Report of the Indian Hemp Drugs Commission, 1894-1895 - Volume VII
Year: 1894
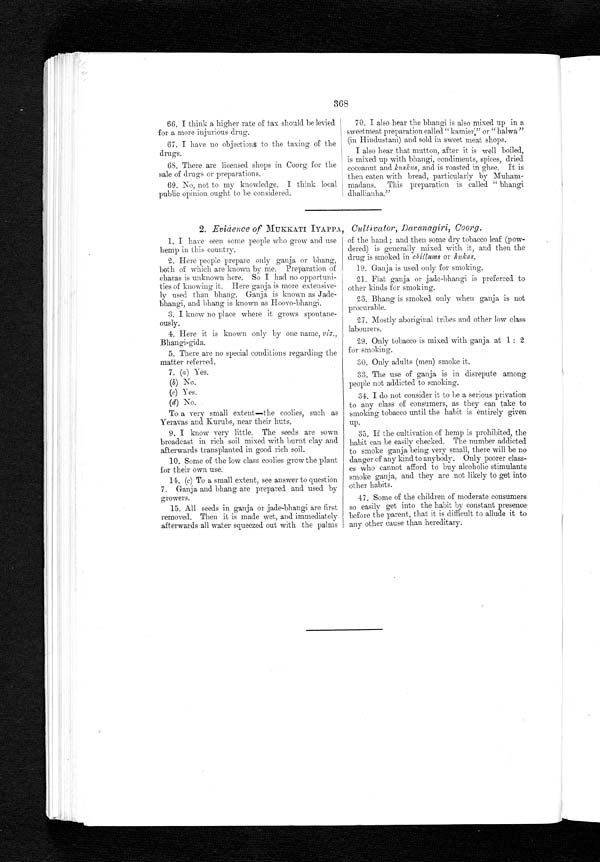
368
66.I think a higher rate of tax should be levied
for a more injurious drug.
67.I have no objections to the taxing of the
drugs.
68.There are licensed shops in Coorg for the
sale of drugs or preparations.
69.No, not to my knowledge. I think local
public opinion ought to be considered.
70.I also hear the bhangi is also mixed up in a
sweetmeat preparation called " kamier'," or " halwa "
(in Hindustani) and sold in sweet meat shops.
I also hear that mutton, after it is well boiled,
is mixed up with bhangi, condiments, spices, dried
cocoanut and kuskus, and is roasted in ghee. It is
then eaten with bread, particularly by Muham-
madans. This preparation is called " bhangi
dhallianha."
2. Evidence of MUKKATI IYAPPA, Cultivator, Davanagiri, Coorg.
1.I have seen some people who grow and use
hemp in this country.
2. Here people prepare only ganja or bhang,
both of which are known by me. Preparation of
charas is unknown here. So I had no opportuni-
ties of knowing it. Here ganja is more extensive-
ly used than bhang. Ganja is known as Jade-
bhangi, and bhang is known as Hoovo-bhangi.
3.I know no place where it grows spontane-
ously.
4. Here it is known only by one name, viz.,
Bhangi-gida.
5. There are no special conditions regarding the
matter referred.
7. (a ) Yes.
(b) N o .
(c) Y e s .
(d) No.
To a very small extent—the coolies, such as
Yeravas and Kurubs, near their huts.
9. I know very little. The seeds are sown
broadcast in rich soil mixed with burnt clay and
afterwards transplanted in good rich soil.
10.Some of the low class coolies grow the plant
for their own use.
14. (c) To a small extent, see answer to question
7. Ganja and bhang are prepared and used by
growers.
15.All seeds in ganja or jade-bhangi are first
removed. Then it is made wet, and immediately
afterwards all water squeezed out with the palms
of the hand ; and then some dry tobacco leaf (pow-
dered) is generally mixed with it, and then the
drug is smoked in chillums or hukas.
19. Ganja is used only for smoking.
21. Flat ganja or jade-bhangi is preferred to
other kinds for smoking.
23. Bhang is smoked only when ganja is not
procurable.
27. Mostly aboriginal tribes and other low class
labourers.
29.Only tobacco is mixed with ganja at 1 : 2
for smoking.
30.Only adults (men) smoke it.
33. The use of ganja is in disrepute among
people not addicted to smoking.
34.
I d o n o t c o n s i d e r i t t o b e a s e r i o u s p r i v a t i o n t o a n y c l a s s o f c o n s u m e r s , a s t h e y c a n t a k e t o
smoking tobacco until the habit is entirely given
up.
35. If the cultivation of hemp is prohibited, the
habit can be easily checked. The number addicted
to smoke ganja being very small, there will be no
danger of any kind to anybody. Only poorer class-
es who cannot afford to buy alcoholic stimulants
smoke ganja, and they are not likely to get into
other habits.
47. Some of the children of moderate consumers
so easily get into the habit by constant presence
before the parent, that it is difficult to allude it to
any other cause than hereditary.